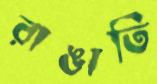
রাঙাতি